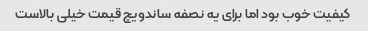
کیفیت خوب بود اما برای یه نصفه ساندویچ قیمت خیلی بالاست